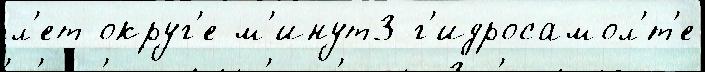
л'ет округ'е м'инут3 г'идросамол'́т'е